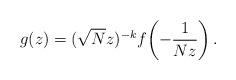
LaTeX: \begin{align*}g(z)=(\sqrt{N}z)^{-k}f\!\left(-\frac1{Nz}\right).\end{align*}